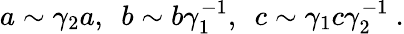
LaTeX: a\sim\gamma_{2}a,~~b\sim b\gamma_{1}^{-1},~~c\sim\gamma_{1}c\gamma_{2}^{-1}\ .